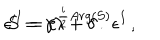
\epsilon ^ { \prime I } = e ^ { \frac { i } { 2 } A r g ( S ) } \epsilon ^ { I } \, , \hspace { 1 c m } S = \gamma \lambda + \delta \, .